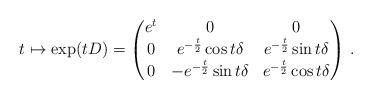
LaTeX: \begin{align*}t\mapsto\exp(tD)=\begin{pmatrix}e^t & 0 & 0\\0 & e^{-\frac{t}{2}}\cos t\delta & e^{-\frac{t}{2}}\sin t\delta\\0 &-e^{-\frac{t}{2}}\sin t\delta & e^{-\frac{t}{2}}\cos t\delta\end{pmatrix}\,.\end{align*}